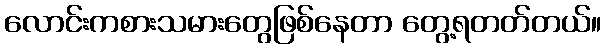
လောင်းကစားသမားတွေဖြစ်နေတာ တွေ့ရတတ်တယ်။